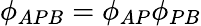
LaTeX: \phi_{APB}=\phi_{AP}\phi_{PB}